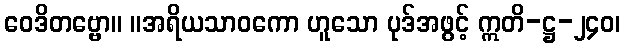
ဝေဒိတဗ္ဗော။ ။အရိယသာဝကော ဟူသော ပုဒ်အဖွင့် ဣတိ-ဋ္ဌ-၂၄၀၊